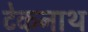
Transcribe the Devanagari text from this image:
टेकनाथ